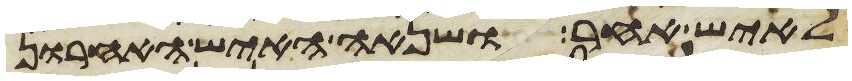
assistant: לאיש אחר ושנאה האיש האחרון